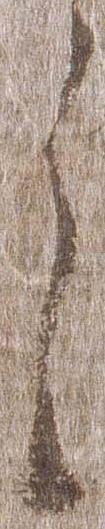
之